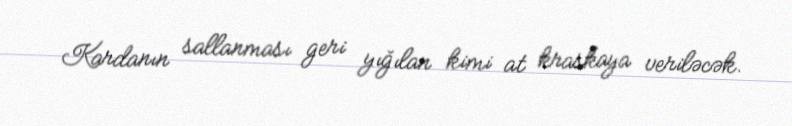
Kardanın sallanması geri yığılan kimi at kraskaya veriləcək.